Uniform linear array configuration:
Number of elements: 64
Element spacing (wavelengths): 0.25
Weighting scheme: cosine
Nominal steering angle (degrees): -60
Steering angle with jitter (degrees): -61.002
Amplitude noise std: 0.05
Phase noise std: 0.05

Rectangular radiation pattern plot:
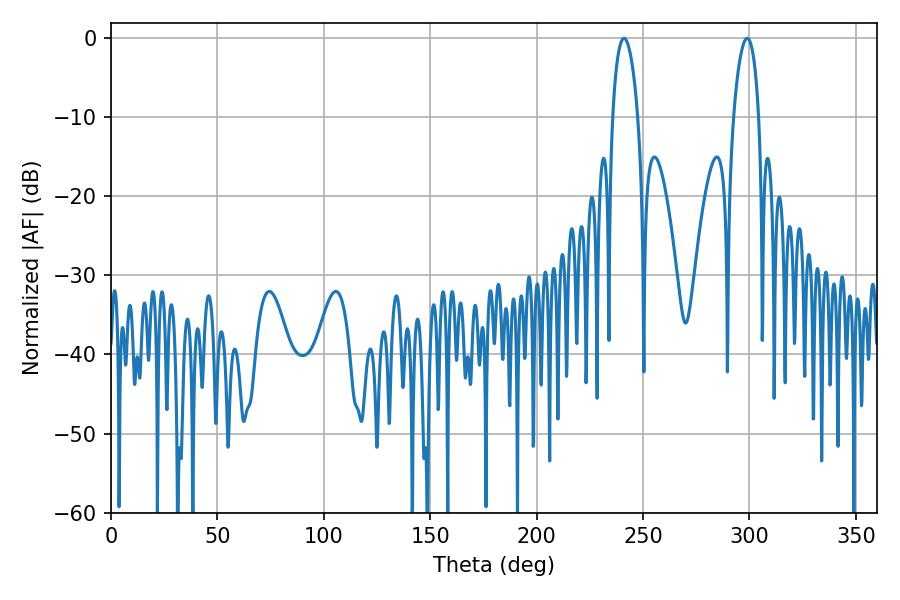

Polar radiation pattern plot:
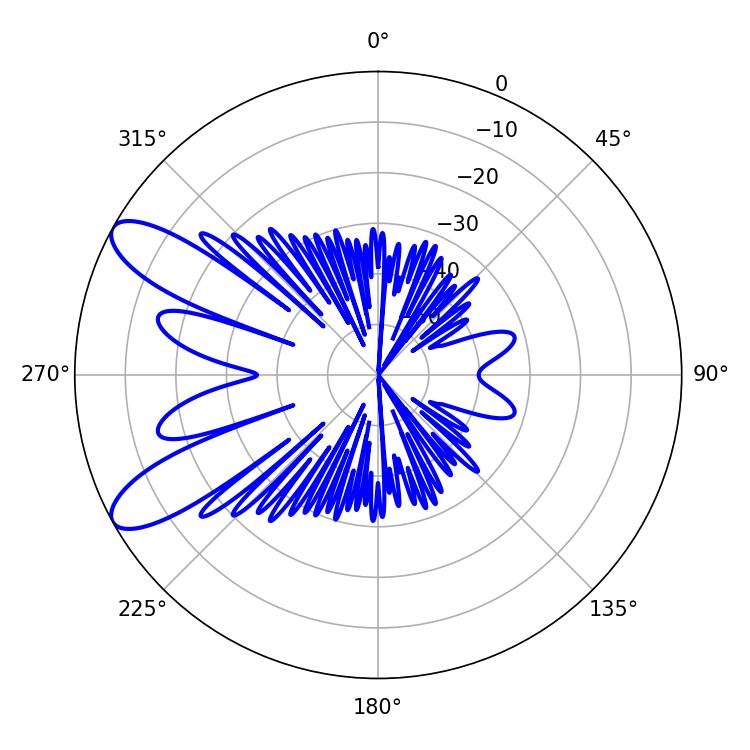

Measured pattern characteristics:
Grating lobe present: FALSE
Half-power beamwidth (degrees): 6.66
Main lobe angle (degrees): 241.02